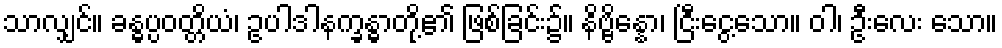
သာလျှင်။ ခန္ဓပ္ပဝတ္တိယံ၊ ဥပါဒါနက္ခန္ဓာတို့၏ ဖြစ်ခြင်း၌။ နိဗ္ဗိန္နော၊ ငြီးငွေ့သော။ ဝါ၊ ဦးလေး သော။